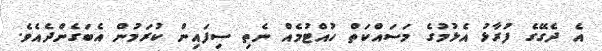
އެ ދެގޭގެ ފުރާޅު އެޅުމުގެ މަސައްކަތް ހުއްޓުމެއް ނެތި ސިފައިން ކުރަމުން އެބަގެންދެއެވެ.